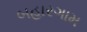
બહારગામ